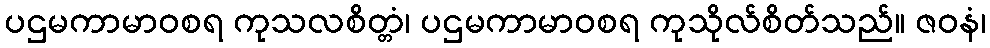
ပဌမကာမာဝစရ ကုသလစိတ္တံ၊ ပဌမကာမာဝစရ ကုသိုလ်စိတ်သည်။ ဇဝနံ၊